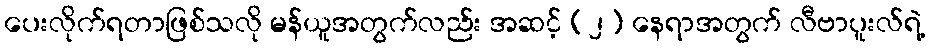
ပေးလိုက်ရတာဖြစ်သလို မန်ယူအတွက်လည်း အဆင့် (၂) နေရာအတွက် လီဗာပူးလ်ရဲ့